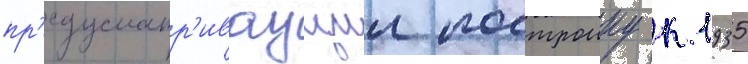
пр'едусматр'иваущии построику к 1935